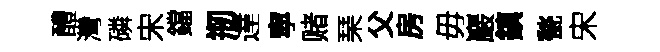
醴灣磷宋鐺剏達寜赌琹父房毋巖鎮甃宋